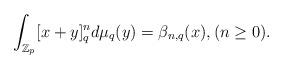
LaTeX: \begin{align*}\int_{\mathbb{Z}_p}[x+y]_q^n d\mu_{q} (y) = \beta_{n,q}(x), (n \geq 0).\end{align*}